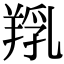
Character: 𦎞